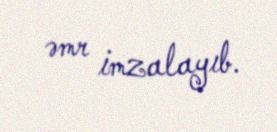
əmr imzalayıb.